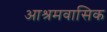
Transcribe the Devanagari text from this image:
आश्रमवासिक